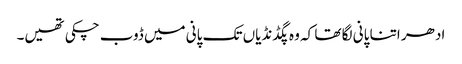
ادھر اتنا پانی لگا تھا کہ وہ پگڈنڈیاں تک پانی میں ڈوب چکی تھیں۔